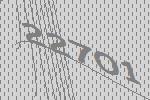
22701